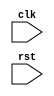
module i2c_timing_control (
    input wire clk,
    input wire rst,
    // Add other input ports as needed
    
    // Add output ports as needed
);

// Module for generating clock signals
// Implement clock generation logic here

// Module for data sampling and synchronization
// Implement data sampling and synchronization logic here

// Module for arbitration and timing control
// Implement arbitration and timing control logic here

// Synchronization blocks for ensuring accurate timing and data transfer
// Implement synchronization logic here

endmodule